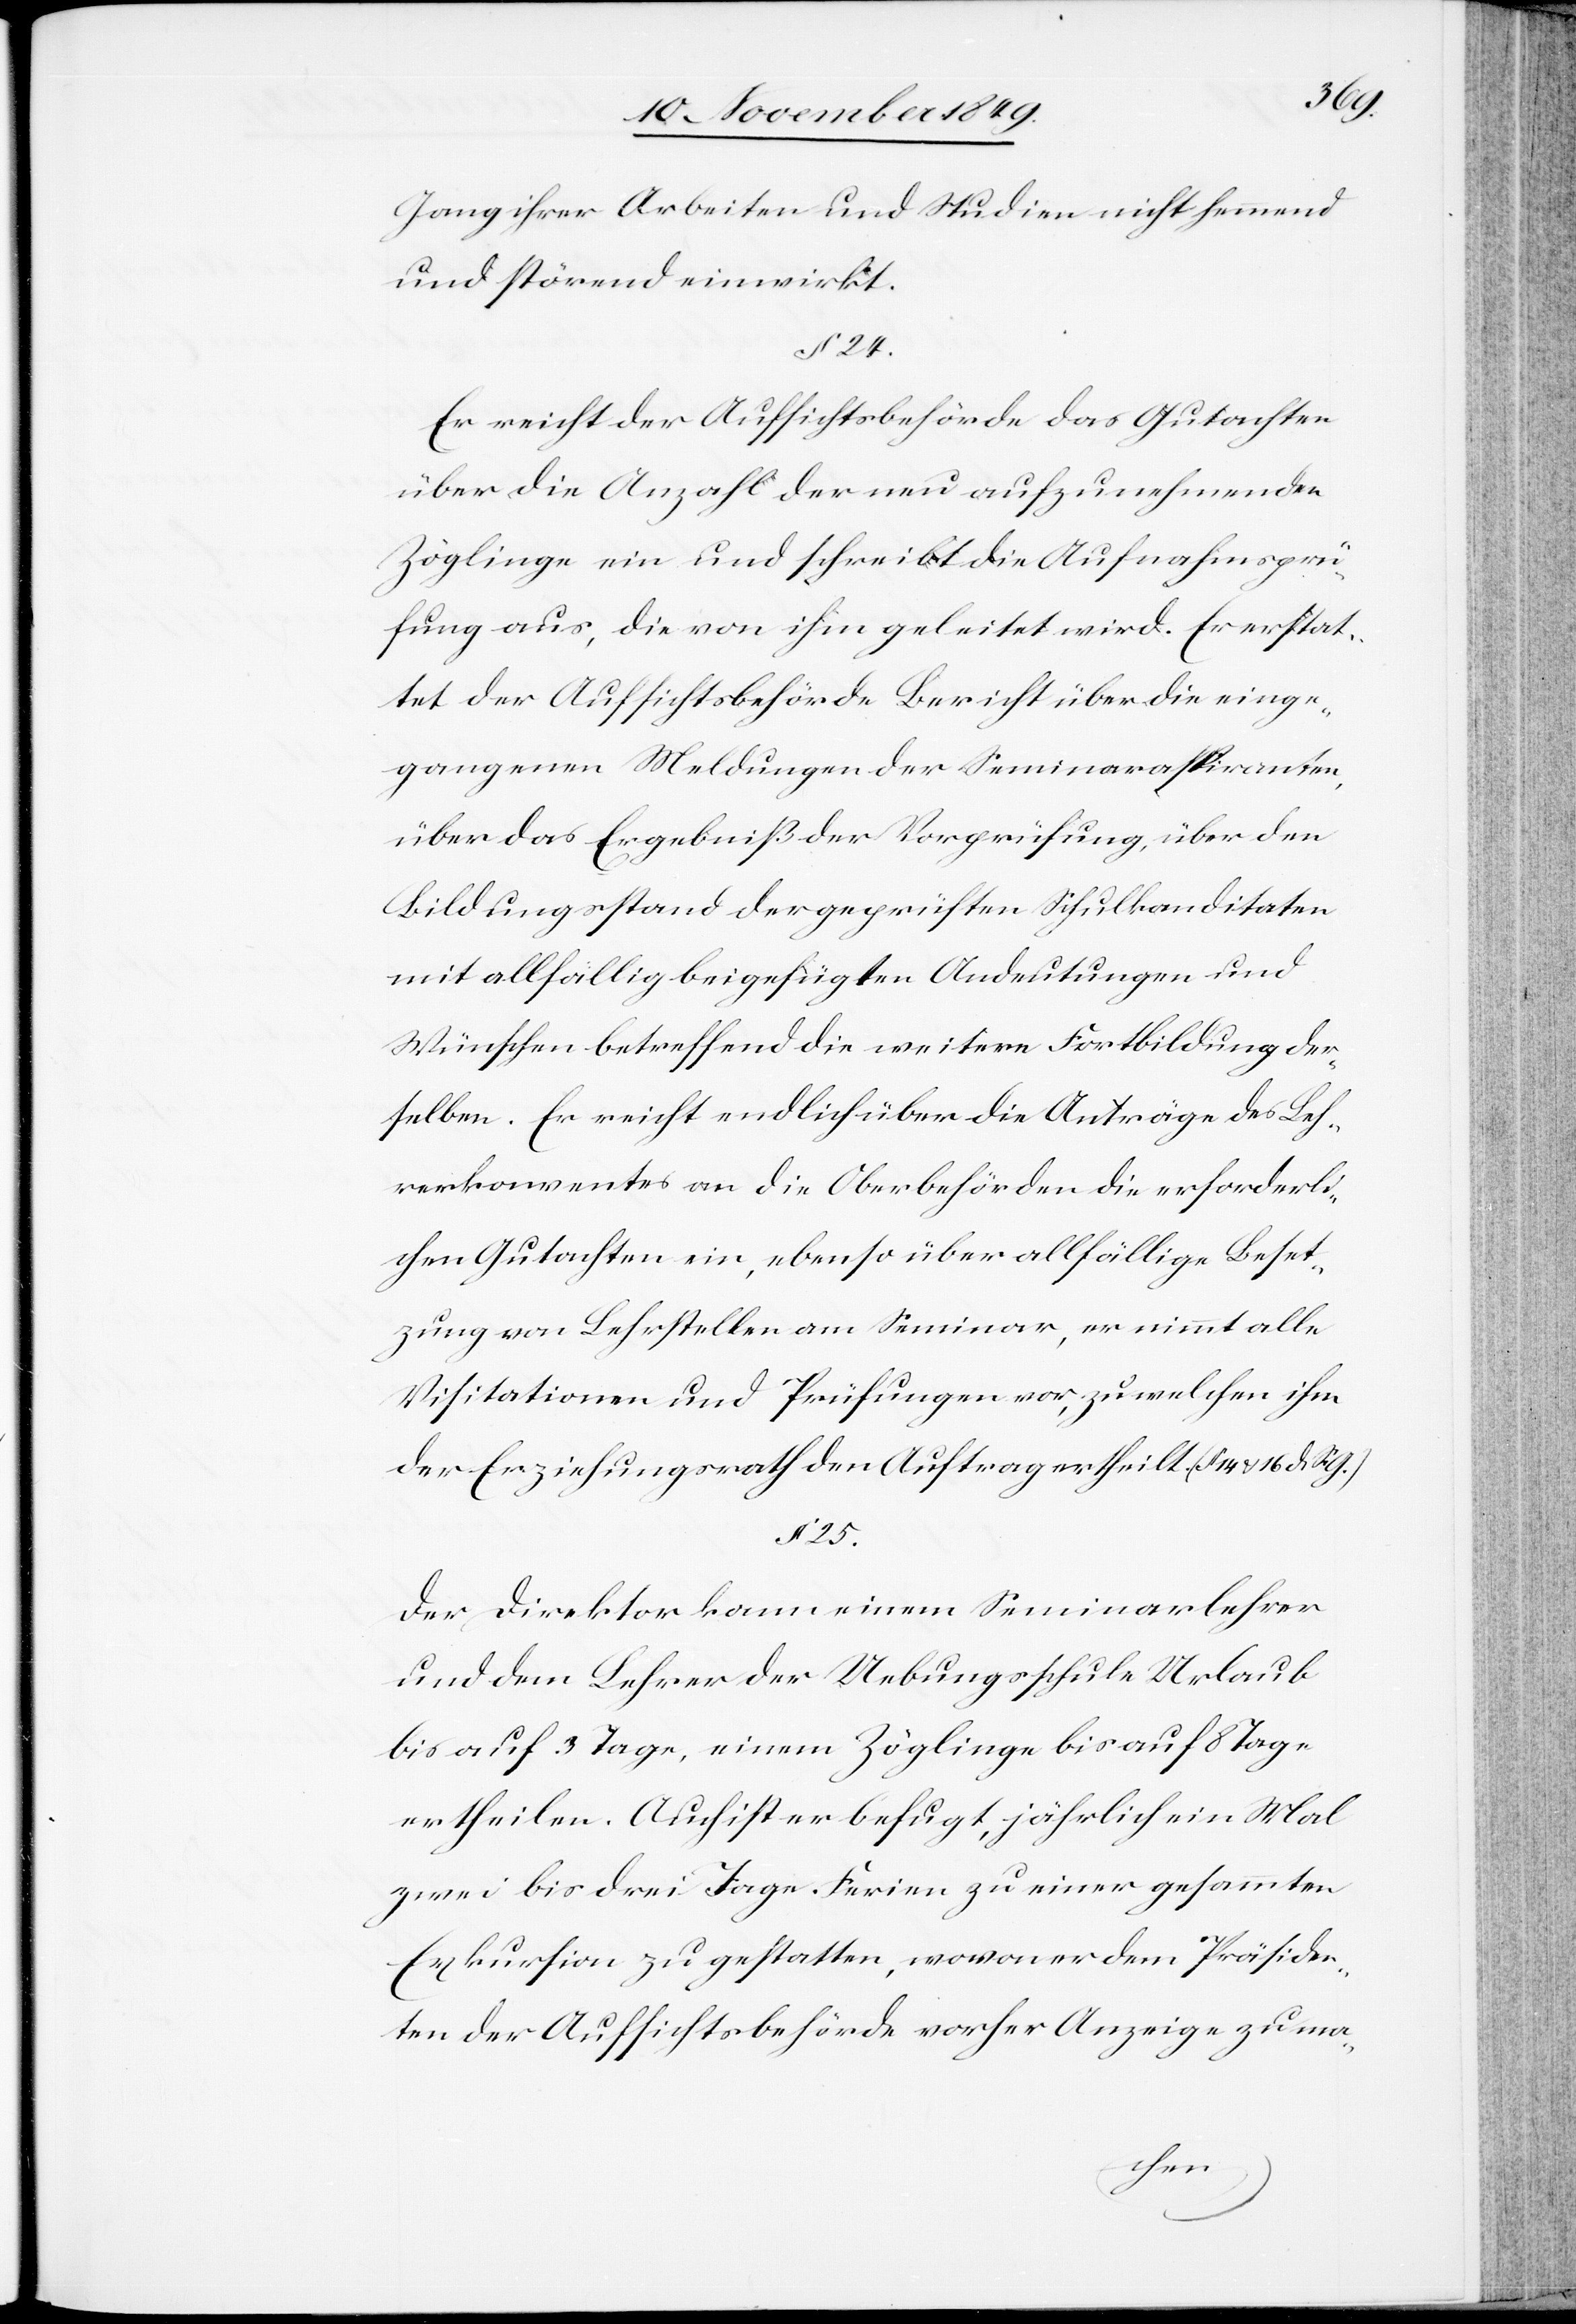
Gang ihrer Arbeiten und Studien nicht hemmend
und störend einwirkt.
§ 24.
Er reicht der Aufsichtsbehörde das Gutachten
über die Anzahl der neu aufzunehmenden
Zöglinge ein und schreibt die Aufnahmsprü¬
fung aus, die von ihm geleistet wird. Er erstat¬
tet der Aufsichtsbehörde Bericht über die einge¬
gangenen Meldungen der Seminaraspiranten,
über das Ergebniß der Vorprüfung, über den
Bildungsstand der geprüften Schulkandidaten
mit allfällig beigefügten Andeutungen und
Wünschen betreffend die weitere Fortbildung der¬
selben. Er reicht endlich über die Anträge des Leh¬
rerkonventes an die Oberbehörden die erforderli¬
chen Gutachten ein, ebenso über allfällige Beset¬
zung von Lehrstellen am Seminar, er nimmt alle
Visitationen und Prüfungen vor, zu welchen ihm
der Erziehungsrath den Auftrag ertheilt. (§§ 14 u. 16
§ 25.
Der Direktor kann einem Seminarlehrer
und dem Lehrer der Uebungsschule Urlaub
bis auf 3 Tage, einem Zöglinge bis auf 8 Tage
ertheilen. Auch ist er befugt, jährlich ein Mal
zwei bis drei Tage Ferien zu einer gesammten
Exkursion zu gestatten, wovon er dem Präsiden¬
ten der Aufsichtsbehörde vorher Anzeige zu ma-